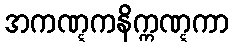
အကဏ္ဋကနိက္ကဏ္ဋကာ